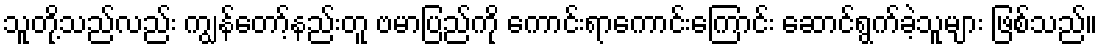
သူတို့သည်လည်း ကျွန်တော့်နည်းတူ ဗမာပြည်ကို ကောင်းရာကောင်းကြောင်း ဆောင်ရွက်ခဲ့သူများ ဖြစ်သည်။